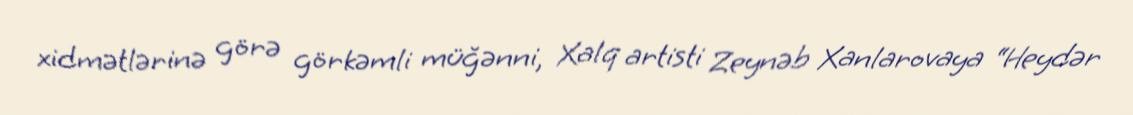
xidmətlərinə görə görkəmli müğənni, Xalq artisti Zeynəb Xanlarovaya “Heydər